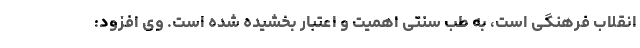
انقلاب فرهنگی است، به طب سنتی اهمیت و اعتبار بخشیده شده است. وی افزود: